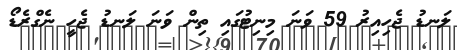
ލަނޑު ޖެހިއިރު 59 ވަނަ މިނިޓުގައި ތިން ވަނަ ލަނޑު ޖެހީ ނެގްރެޑޯ